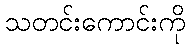
သတင်းကောင်းကို